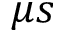
\mu s